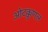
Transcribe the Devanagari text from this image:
ओटक्कुणल